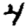
Digit: 4